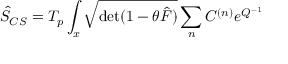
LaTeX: \hat { S } _ { C S } = T _ { p } \int _ { x } { \sqrt { \mathrm { d e t } ( 1 - \theta \hat { F } ) } } \sum _ { n } C ^ { ( n ) } e ^ { Q ^ { - 1 } }